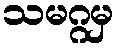
သမဂ္ဂမှ